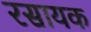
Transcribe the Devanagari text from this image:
रसायक